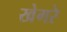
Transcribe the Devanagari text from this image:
खेगरे